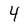
Character: 4